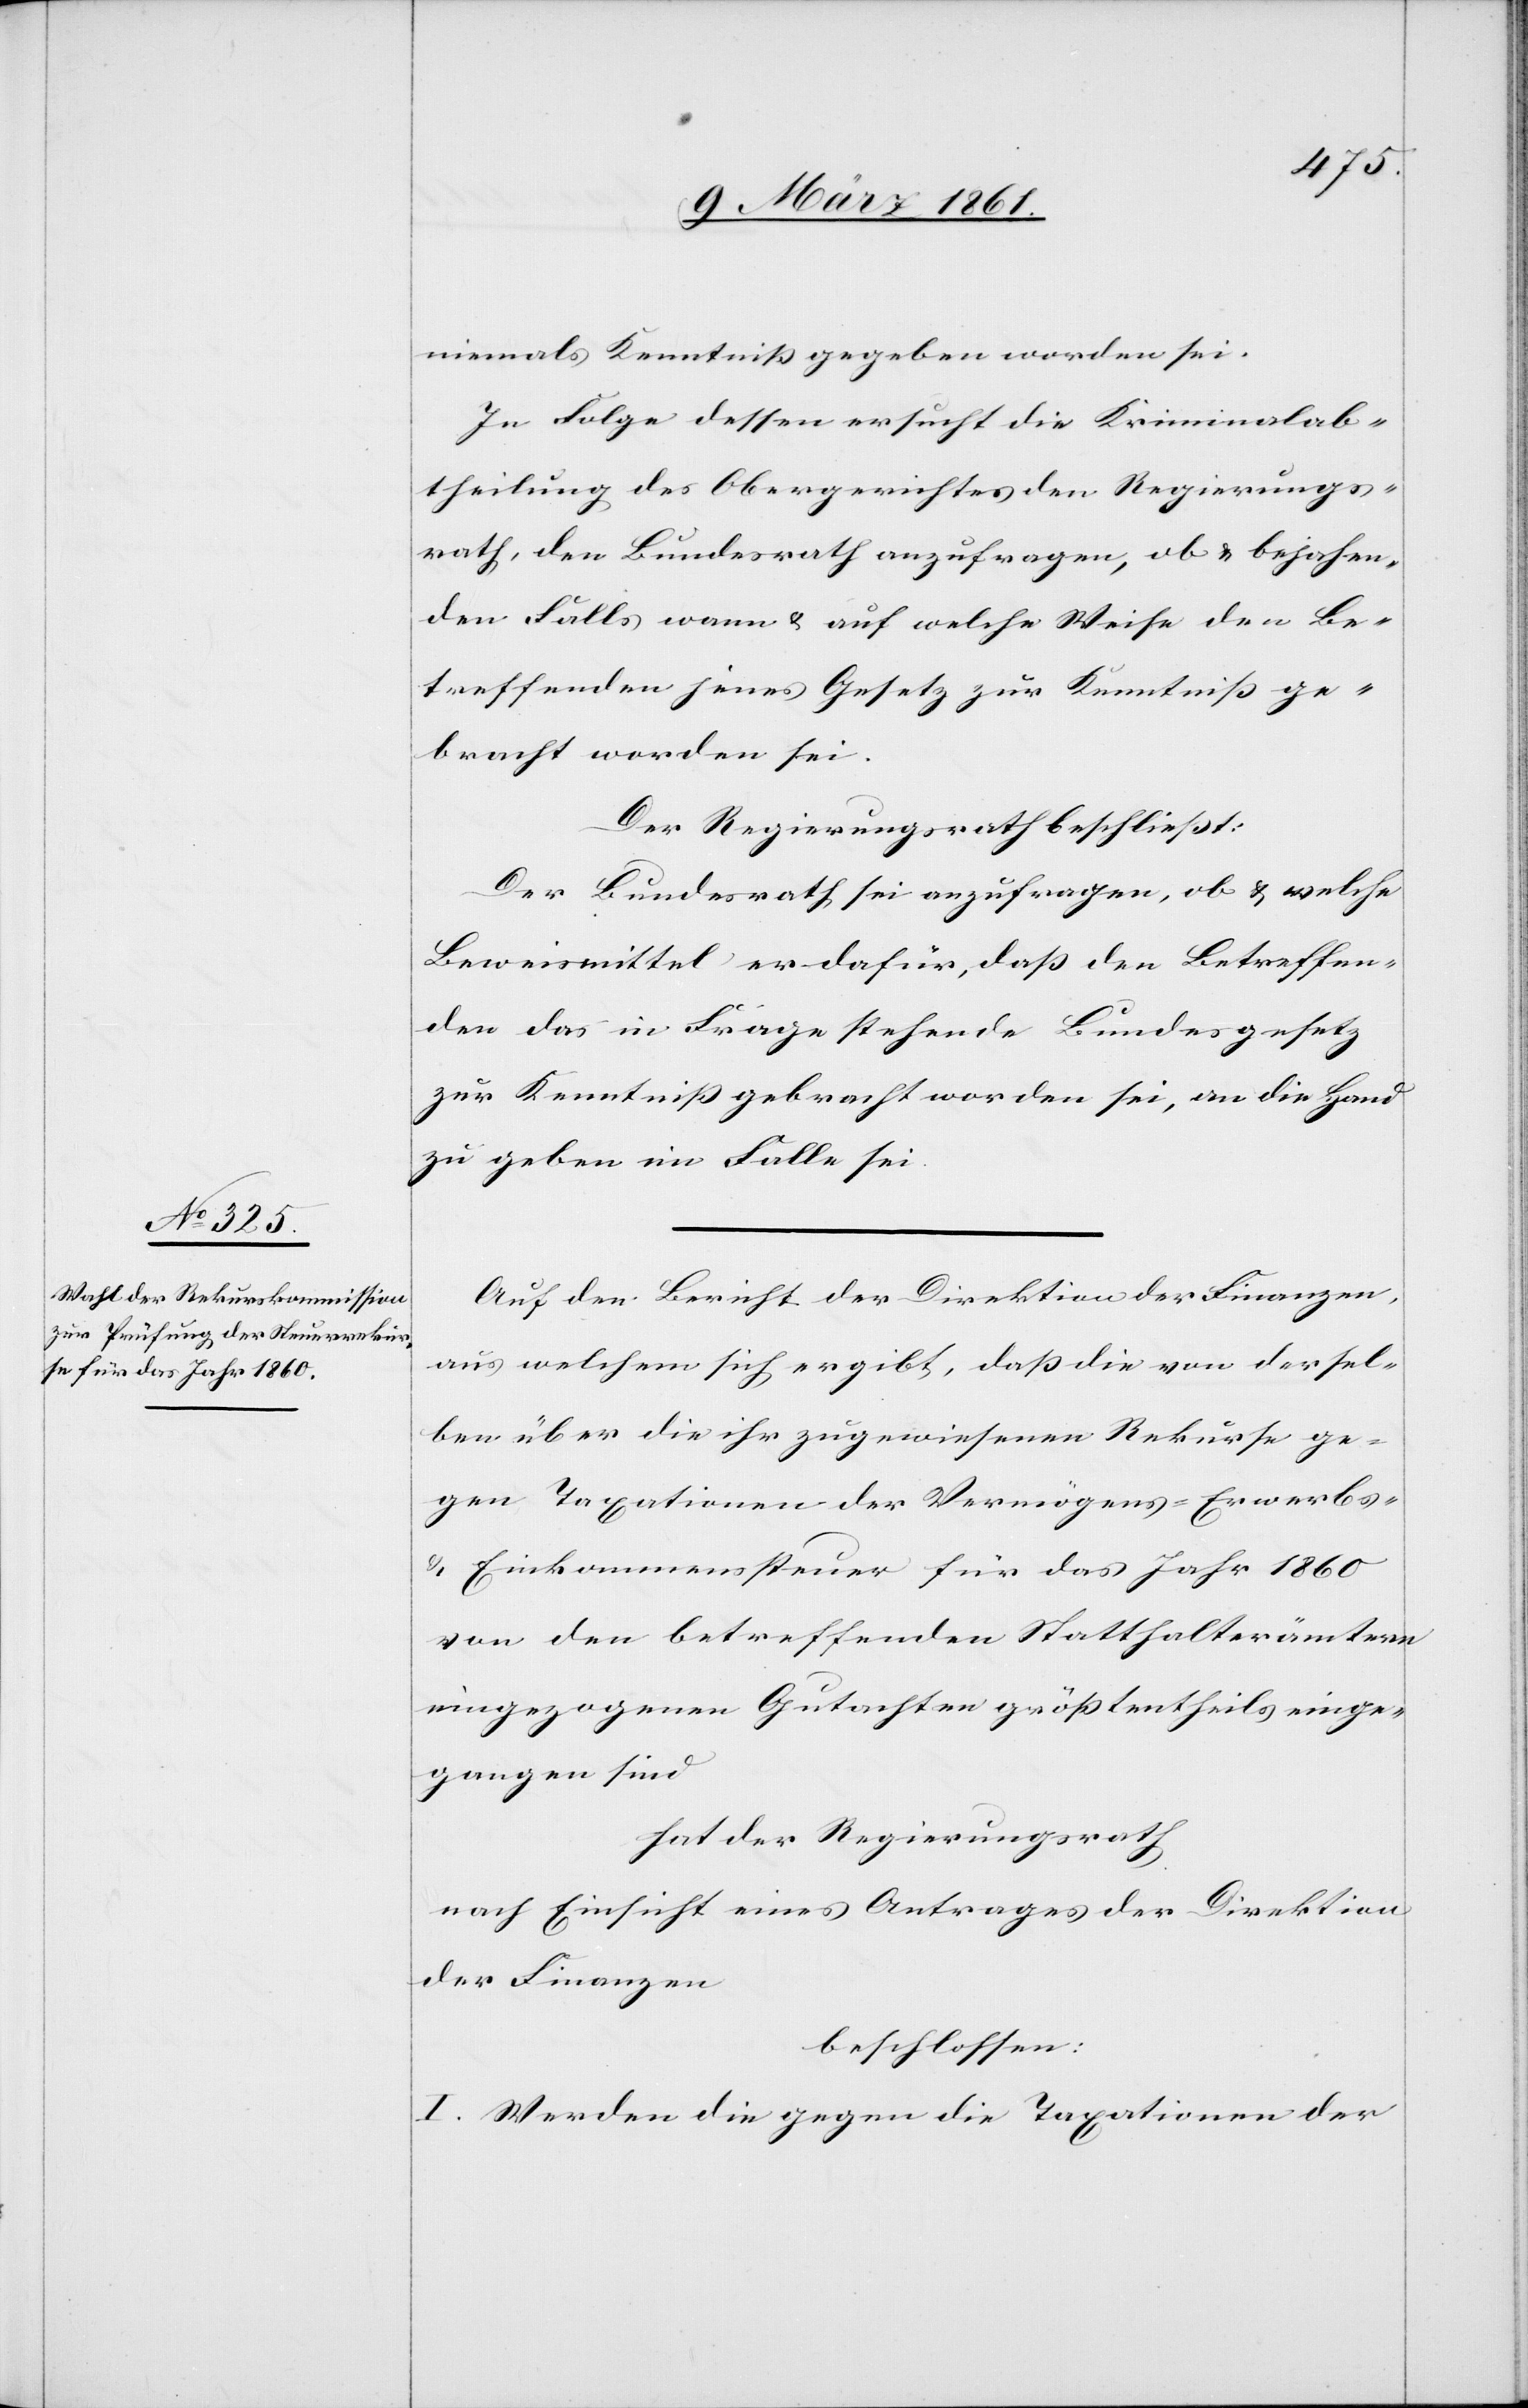
niemals Kenntniss gegeben worden sei.
In Folge dessen ersucht die Kriminalab¬
theilung des Obergerichtes den Regierungs¬
rath, den Bundesrath anzufragen, ob u. bejahen¬
denfalls wann u. auf welche Weise den Be¬
treffenden jenes Gesetz zur Kenntniss ge¬
bracht worden sei.
Der Regierungsrath beschliesst:
Der Bundesrath sei anzufragen, ob u. welche
Beweismittel er dafür, dass den Betreffen¬
den das in Frage stehende Bundesgesetz
zur Kenntniss gebracht worden sei, an die Hand
zu geben im Falle sei.
Auf den Bericht der Direktion der Finanzen,
aus welchem sich ergibt, dass die von dersel¬
ben über die ihr zugewiesenen Rekurse ge¬
gen Taxationen der Vermögens- Erwerbs-
u. Einkommenssteuer für das Jahr 1860
von den betreffenden Statthalterämtern
eingezogenen Gutachten grösstentheils einge¬
gangen sind
hat der Regierungsrath
nach Einsicht eines Antrages der Direktion
der Finanzen
beschlossen:
I. Werden die gegen die Taxationen der